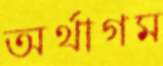
অর্থাগম